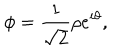
LaTeX: \phi = \frac { 1 } { \sqrt { 2 } } { \rho } e ^ { i \theta } ,